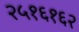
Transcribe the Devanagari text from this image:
२५१६१६२